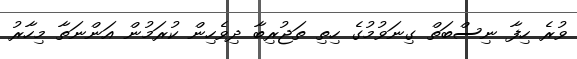
ވުރެ ހިފާ ނިސްބަތް ގިނަވުމުގެ ހިތި ތަޖުރިބާ ދިވެހިން ކުރަމުން އަންނަތާ މިހާރު